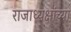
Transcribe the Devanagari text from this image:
राजाध्यक्षांच्या